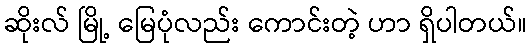
ဆိုးလ် မြို့ မြေပုံလည်း ကောင်းတဲ့ ဟာ ရှိပါတယ်။